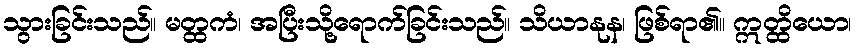
သွားခြင်းသည်။ မတ္ထကံ၊ အပြီးသို့ရောက်ခြင်းသည်။ သိယာနုန၊ ဖြစ်ရာ၏။ ဣတ္ထိယော၊